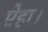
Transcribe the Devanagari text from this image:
ऐहा।